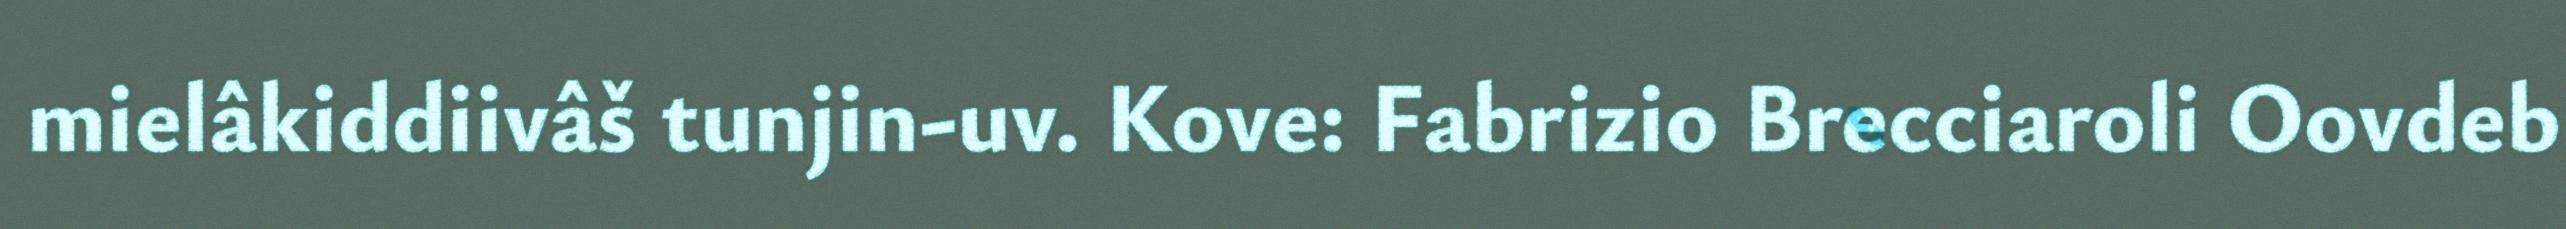
mielâkiddiivâš tunjin-uv. Kove: Fabrizio Brecciaroli Oovdeb